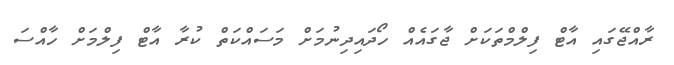
ރާއްޖޭގައި އާޓް ފިލްމްތަކަށް ޖާގައެއް ހޯދައިދިނުމަށް މަސައްކަތް ކުރާ އާޓް ފިލްމަށް ހާއްސަ